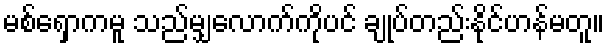
မစ်ရှောကမူ သည်မျှလောက်ကိုပင် ချုပ်တည်းနိုင်ဟန်မတူ။